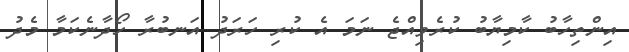
އިންތިހާބު ކާމިޔާބު ކުރެވިއްޖެ ނަމަ އެ ކުރި ހަރަދު އަނބުރާ ހޯދާނެކަމާ މެދު